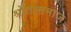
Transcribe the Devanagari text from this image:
श्रोतासमाज